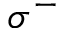
\sigma ^ { - }